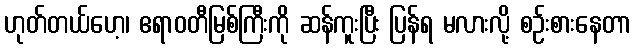
ဟုတ်တယ်ဟေ့၊ ဧရာဝတီမြစ်ကြီးကို ဆန်ကူးပြီး ပြန်ရ မလားလို့ စဉ်းစားနေတာ